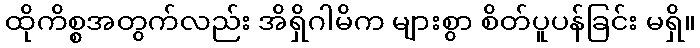
ထိုကိစ္စအတွက်လည်း အိရှိဂါမိက များစွာ စိတ်ပူပန်ခြင်း မရှိ။